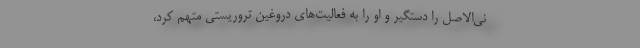
نی‌الاصل را دستگیر و او را به فعالیت‌های دروغین تروریستی متهم کرد،